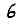
Digit: 6